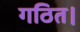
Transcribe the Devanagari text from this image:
गठित।